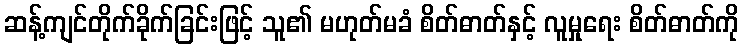
ဆန့်ကျင်တိုက်ခိုက်ခြင်းဖြင့် သူ၏ မဟုတ်မခံ စိတ်ဓာတ်နှင့် လူမှုရေး စိတ်ဓာတ်ကို